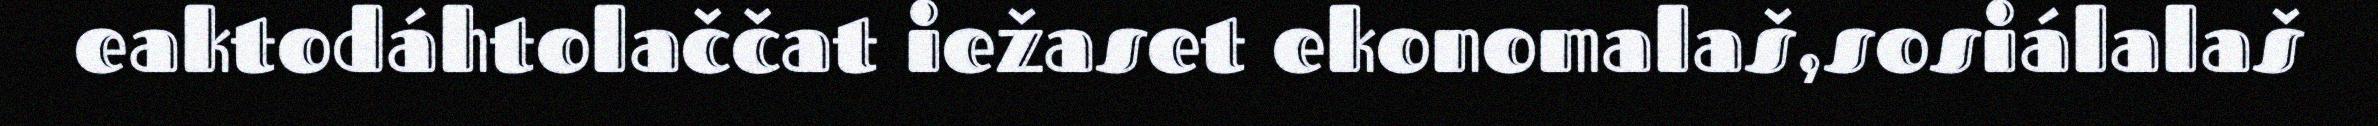
eaktodáhtolaččat iežaset ekonomalaš,sosiálalaš